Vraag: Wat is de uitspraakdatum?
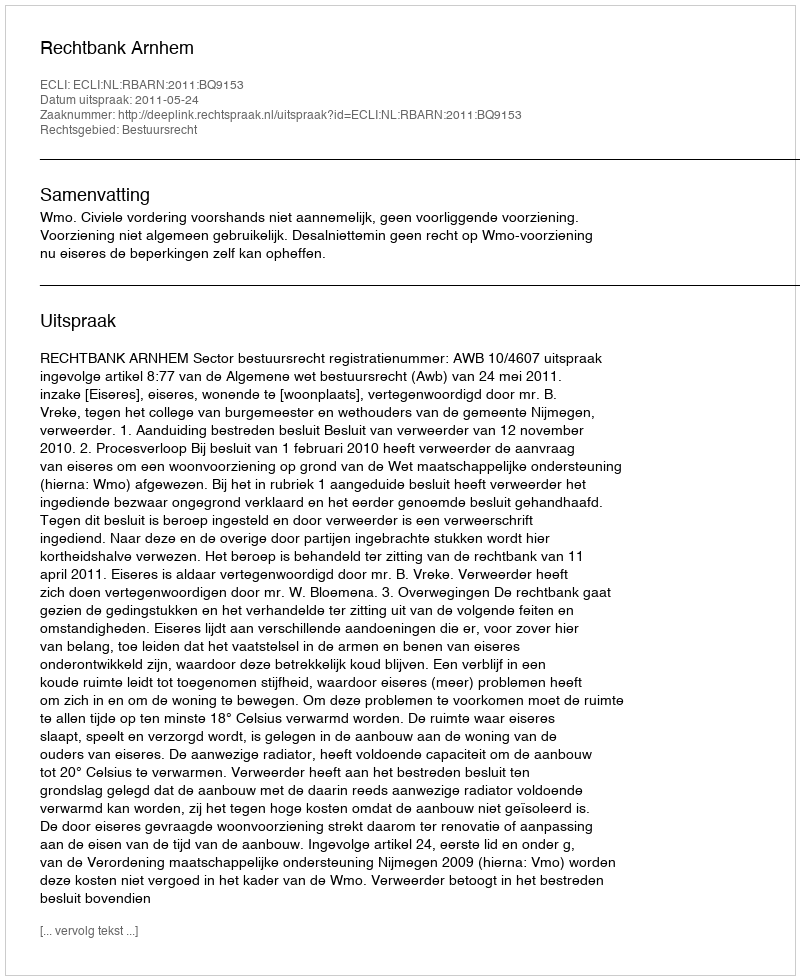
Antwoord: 2011-05-24